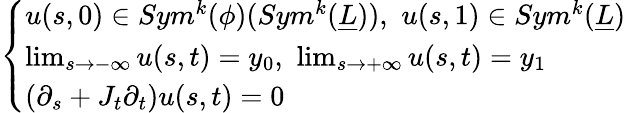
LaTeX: \left\{ \begin{array}{ll}{u(s,0)\in Sym^{k}(\phi)(Sym^{k}(\underline{{L}})),\, \, u(s,1)\in Sym^{k}(\underline{{L}})}\\ {\operatorname*{lim}_{s\to-\infty}u(s,t)=y_{0},\, \, \operatorname*{lim}_{s\to+\infty}u(s,t)=y_{1}}\\ {(\partial_{s}+J_{t}\partial_{t})u(s,t)=0}\end{array}\right.